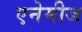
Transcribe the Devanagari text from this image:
एनेमीज